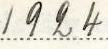
1924